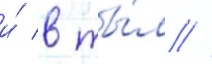
и́ в ты́л //